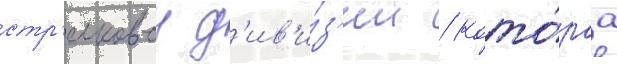
стр'елковои д'ив'и́з'ии / кото́раа